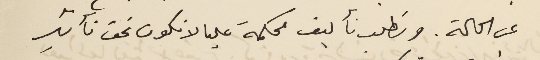
عن الحالة. ونطلب تأليف محكمة عليا لا تكون تحت تأثير